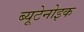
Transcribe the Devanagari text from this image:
ब्यूटेनोइक